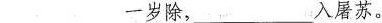
___一岁除，___入屠苏。